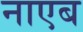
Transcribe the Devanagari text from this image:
नाएब